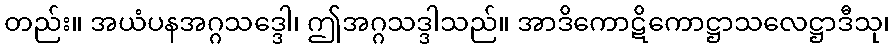
တည်း။ အယံပနအဂ္ဂသဒ္ဒေါ၊ ဤအဂ္ဂသဒ္ဒါသည်။ အာဒိကောဋိကောဋ္ဌာသလေဋ္ဌာဒီသု၊